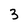
Character: 3